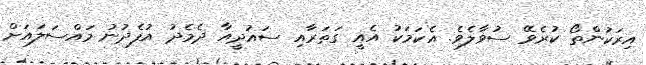
އިރަކުންތޯ ކުރެވޭ ސުވާލެވެ. އެކަމަކު އެއީ ގަތަރާއި ސައުދީއާ ދެމެދު އުފެދުނު މައްސަލައަށް